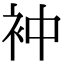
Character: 衶